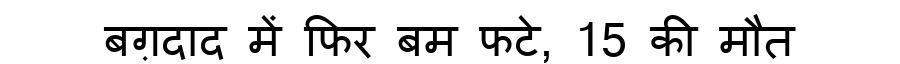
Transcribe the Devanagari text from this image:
बग़दाद में फिर बम फटे, 15 की मौत